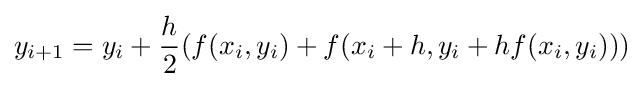
y_{i+1}=y_{i}+{\frac {h}{2}}(f(x_{i},y_{i})+f(x_{i}+h,y_{i}+hf(x_{i},y_{i})))